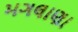
મગલાણા